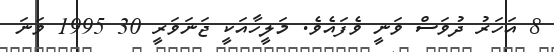
8 އަހަރު ދުވަސް ވަނީ ވެފައެވެ. މަލީހާއަކީ ޖަނަވަރީ 30 1995 ވަނަ